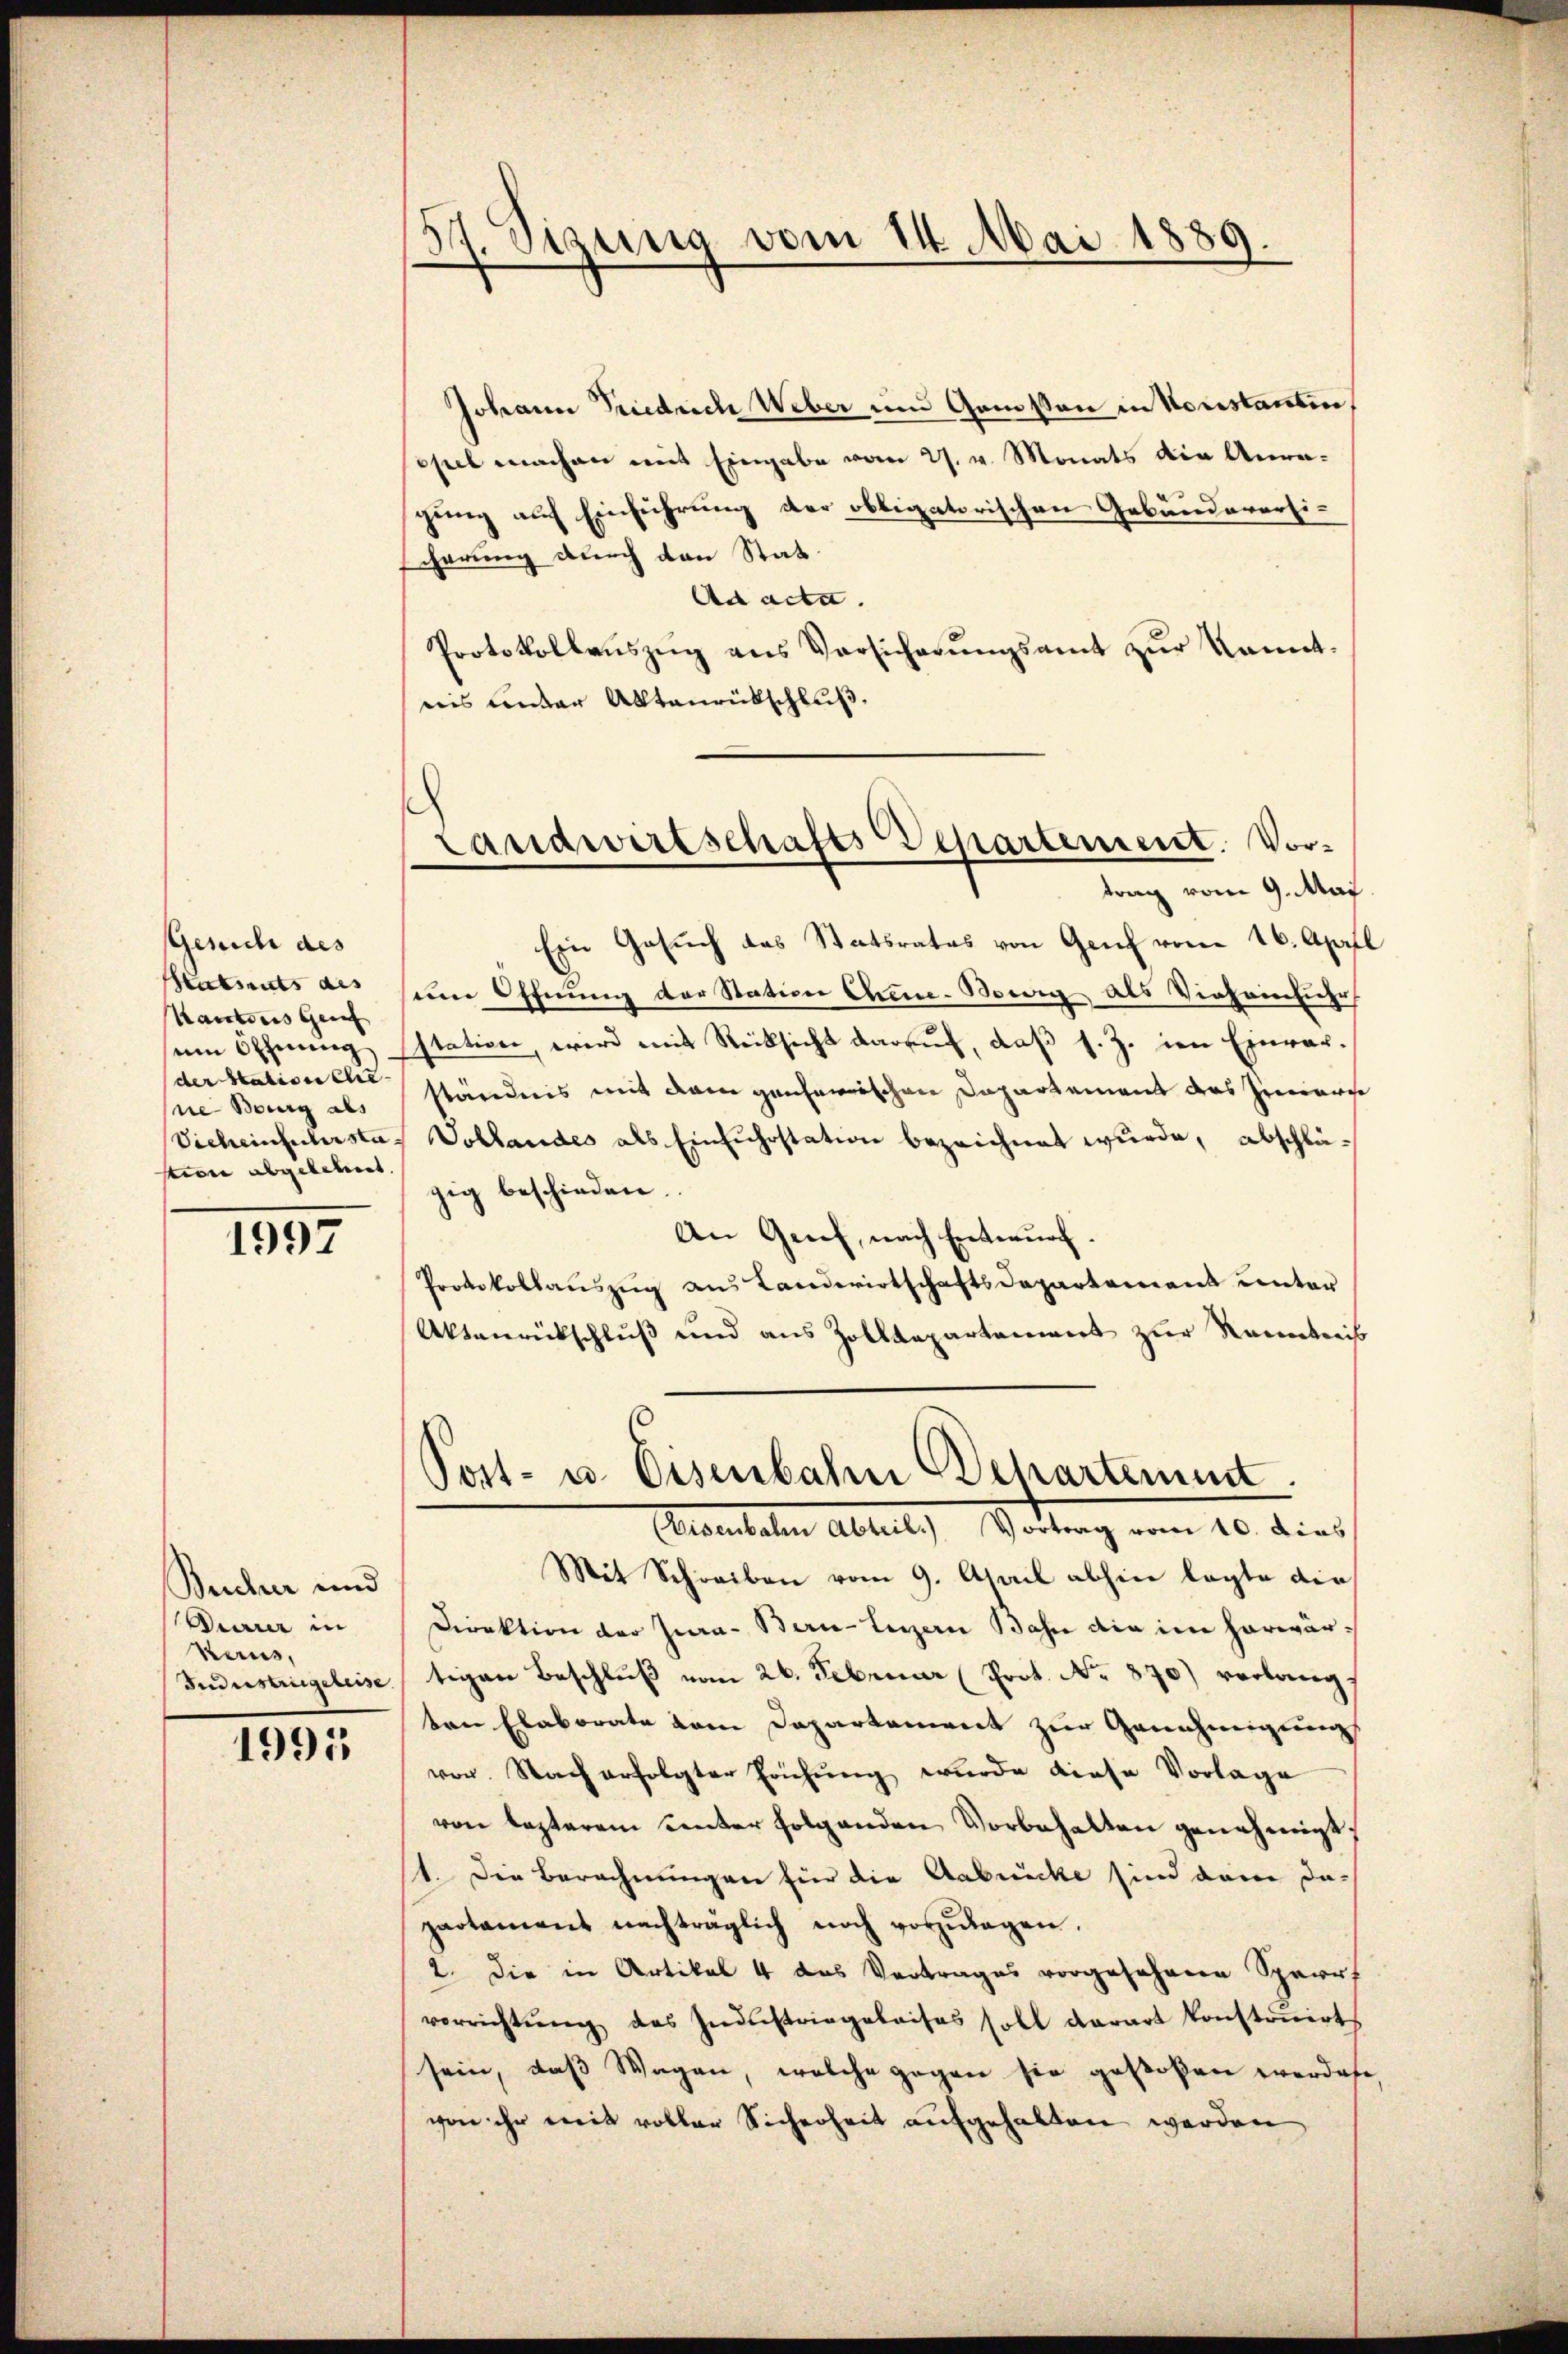
Gesuch des
Statuts des
Kantons Geis
um Offnung
der Station Che
ne Bourg als
Vicheinfuhrsta
tion abgelehnt.

1997

Brucher und
Diarrer in
Kerus,
Industrigereise

1991

57. Sizung vom 14. Mai 1889.

Johann Friedrich Weber und Gamsten in Vorstanten,
opel machen mit Eingabe vom 27. v. Monats die Anragung auf Einführung der obligatorischen Gebäudeversischerung durch den Stat¬
Ad acta
Protokollaŭszŭg ans Versicherŭngsamt zŭr kannt-
nis ander Aktenrütschluß.
Ein Gesuch das Statsrates von Genf vom 16. April
um Öffnung der Station Chine-Bowig als Viehainsiehe
station, wird mit Rücksicht darauf, daß s. Z. im Einver-
ständnis mit dem ganzerischen Departement das Zimmerse
Vohlandes als Einfuhrstation bezeichnet wurde, abschlägig beschieden.
An Greif, nach Entwurf.
Protokollaŭszŭg ans Landwirtschaftsdepartement unter
Aktenrückschluß und aus Zolldepartement zur Kenntnis
Post- u. Eisenbahn Behartement
Alemalen Abteil) Vortung vom 20. di als
Mit Schreiben vom 9. April abhin legte die¬
Direktion der Jura - Bern-Legern Bahn die im Harwartigen Beschlŭβ vom 26. Februar (Prot. No. 870) verlangten Elaborate vom Departement zur Genehmigung
vor. Nach erfolgter Erichŭng wurde diese Vorlage
von lezterem unter folgenden Vorbehalten genehmigt,
1. Die Berechnungen hier die Anbrücke sind dem da-
partament nachträglich noch vorzŭlagen.
2. Die in Artikal 4 das Vertrages vorgesehenen Sperrt
vorrichtŭng des Indŭstriegeleises soll darart konstonirt
sein, daß Wagen, welche gegen sie gestoßen werdete,
von ihr mit voller Sicherheit aufgehalten werden

Landwirtschafts Departement. Vortrag vom 9. Mai